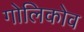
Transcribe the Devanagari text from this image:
गोलिकोव